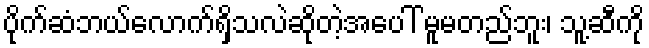
ပိုက်ဆံဘယ်လောက်ရှိသလဲဆိုတဲ့အပေါ် မူမတည်ဘူး၊ သူ့ဆီကို